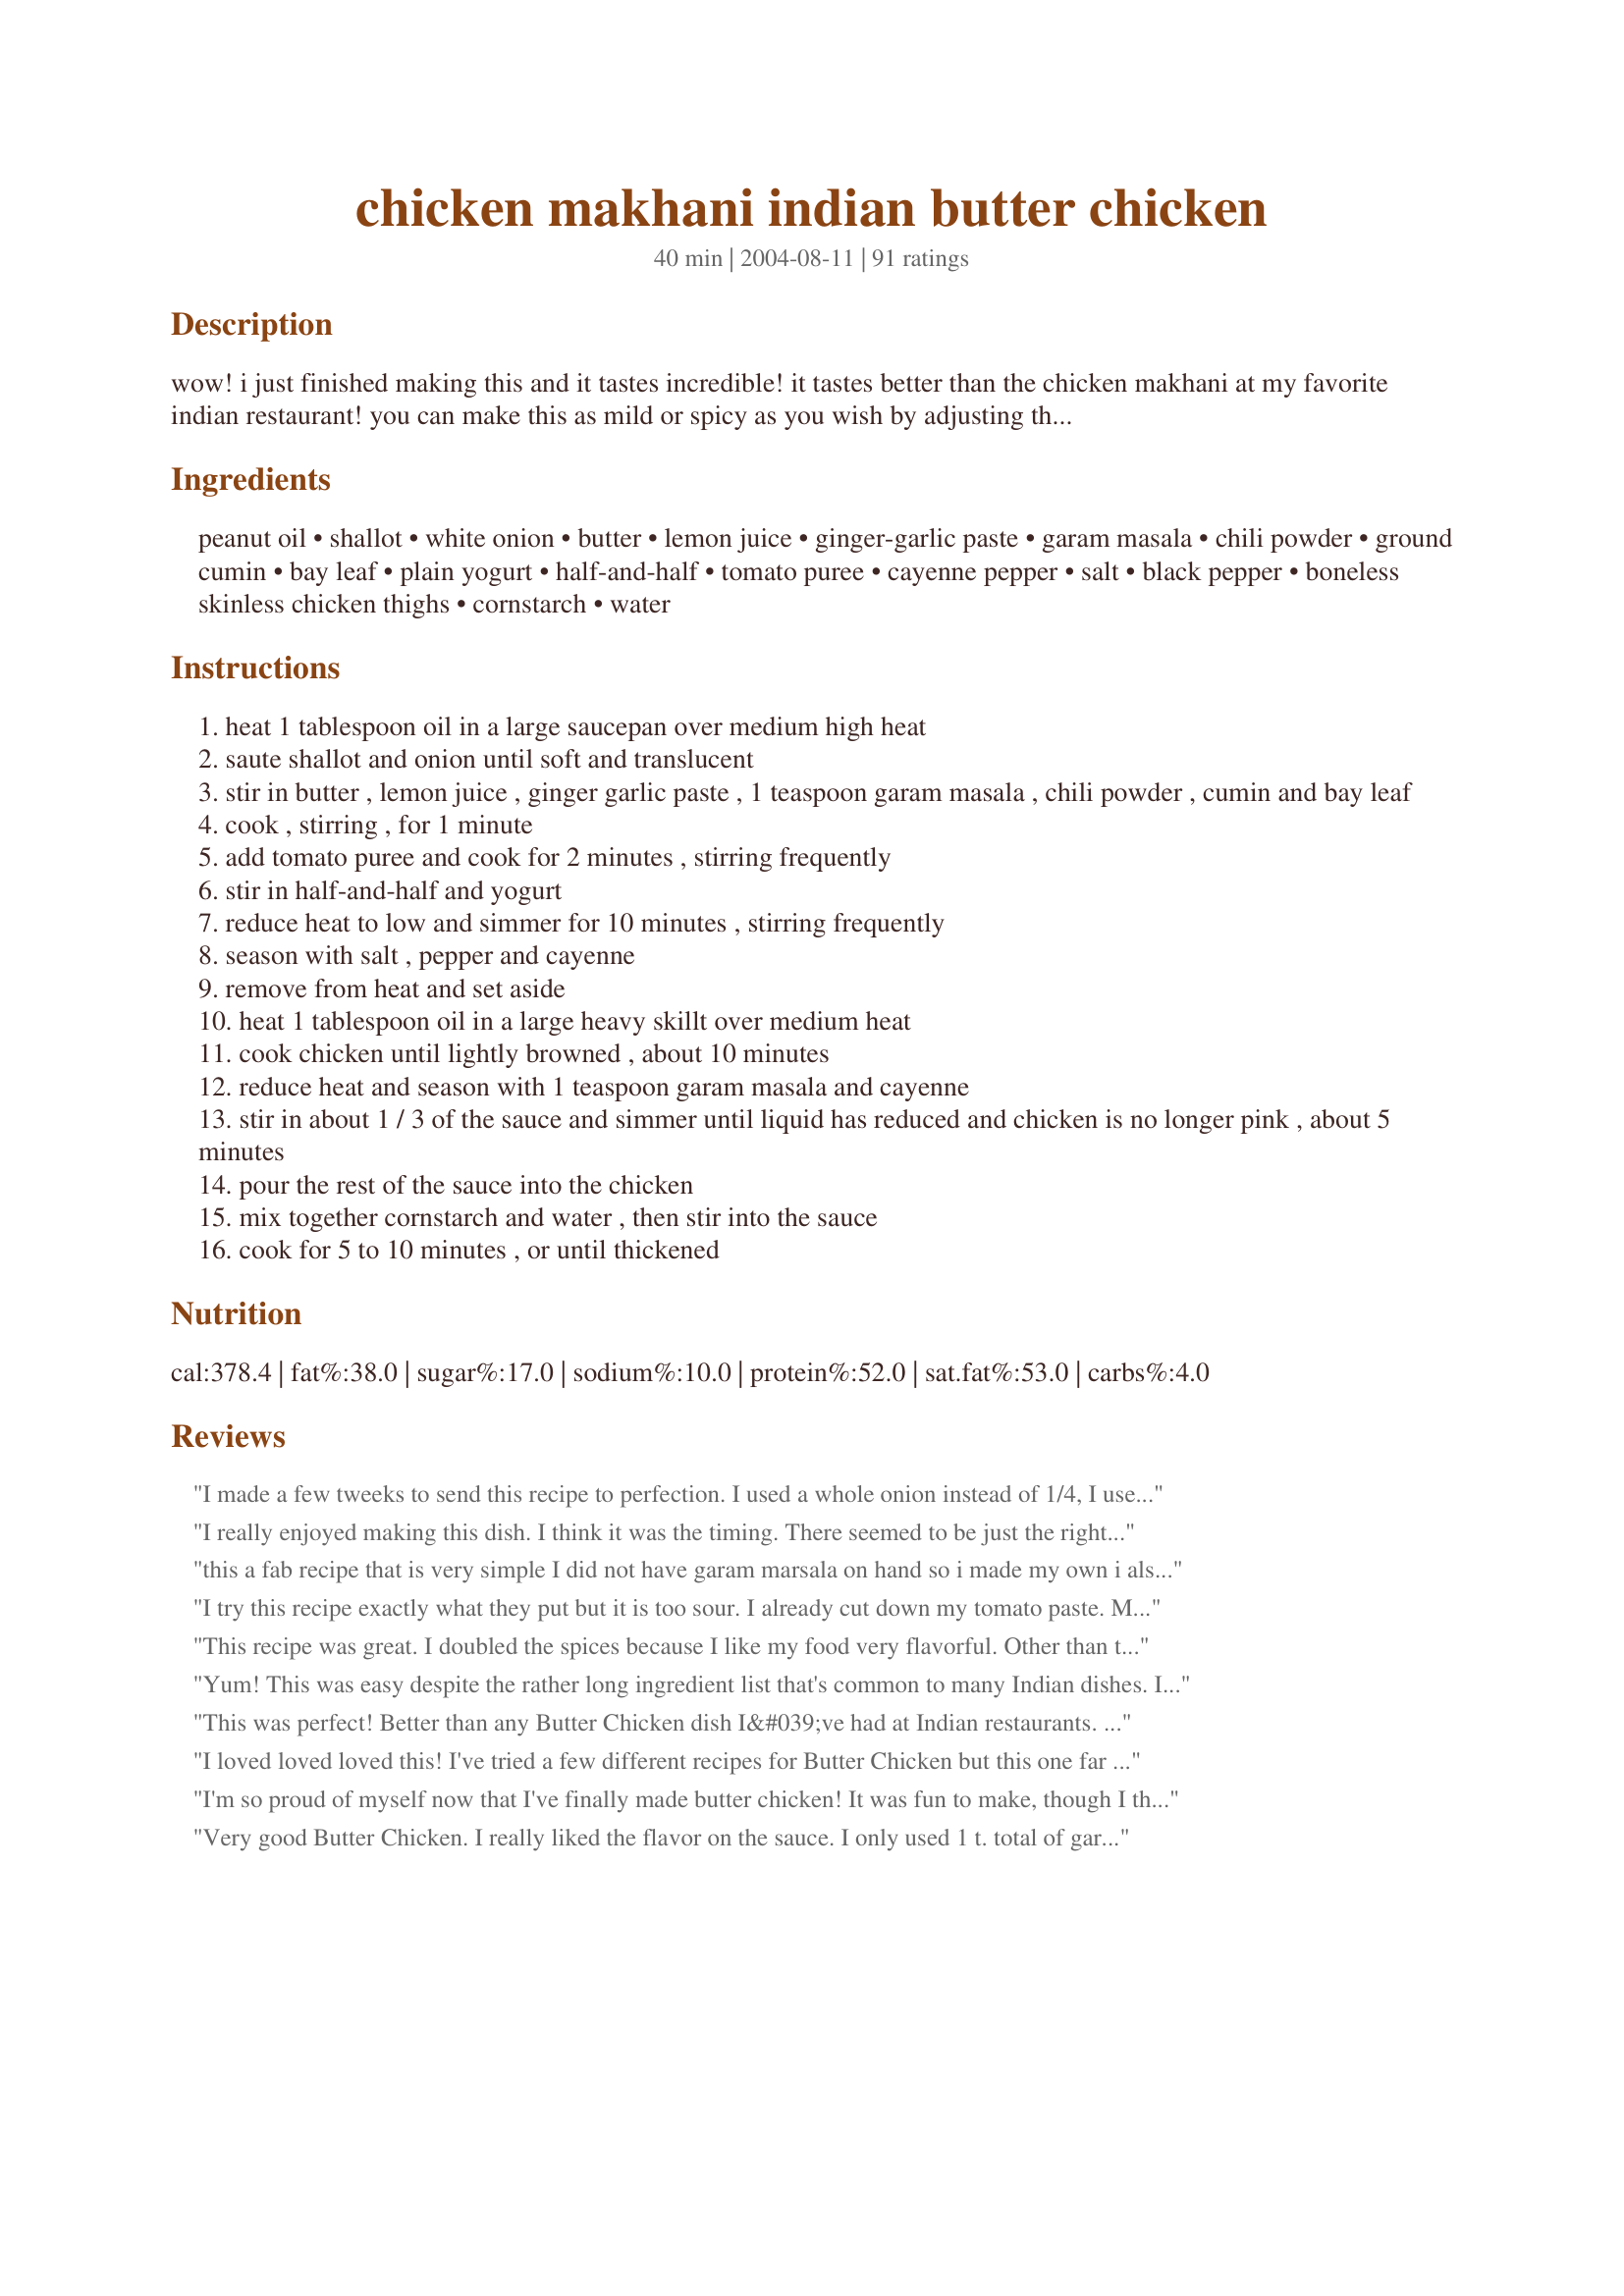
chicken makhani indian butter chicken
Preparation time: 40 minutes

wow! i just finished making this and it tastes incredible! it tastes better than the chicken makhani at my favorite indian restaurant! you can make this as mild or spicy as you wish by adjusting the cayenne. serve with basmati rice and naan bread. i got the recipe from allrecipes.com.

Ingredients:
peanut oil, shallot, white onion, butter, lemon juice, ginger-garlic paste, garam masala, chili powder, ground cumin, bay leaf, plain yogurt, half-and-half, tomato puree, cayenne pepper, salt, black pepper, boneless skinless chicken thighs, cornstarch, water

Steps:
heat 1 tablespoon oil in a large saucepan over medium high heat
saute shallot and onion until soft and translucent
stir in butter , lemon juice , ginger garlic paste , 1 teaspoon garam masala , chili powder , cumin and bay leaf
cook , stirring , for 1 minute
add tomato puree and cook for 2 minutes , stirring frequently
stir in half-and-half and yogurt
reduce heat to low and simmer for 10 minutes , stirring frequently
season with salt , pepper and cayenne
remove from heat and set aside
heat 1 tablespoon oil in a large heavy skillt over medium heat
cook chicken until lightly browned , about 10 minutes
reduce heat and season with 1 teaspoon garam masala and cayenne
stir in about 1 / 3 of the sauce and simmer until liquid has reduced and chicken is no longer pink , about 5 minutes
pour the rest of the sauce into the chicken
mix together cornstarch and water , then stir into the sauce
cook for 5 to 10 minutes , or until thickened

Reviews:
I made a few tweeks to send this recipe to perfection. I used a whole onion instead of 1/4, I used 1/2 cup of yogurt rather than the 1/4 cup, extra chilli powder and cayenne pepper to heat it up and once everything was ready in the sauce just before adding the chicken I threw it all in the blender so it had a fluid consistency and more authentic color. Just beautiful!
I really enjoyed making this dish. I think it was the timing. There seemed to be just the right amount of time to complete each step during the cooking process and I never felt overwhelmed. I could even put things away while I cooked. The taste was excellent. Thank you. I won't need to look any further for a butter chicken dish.
this a fab recipe that is very simple I did not have garam marsala on hand so i made my own i also made mine with chicken pieces and placed them after frying with a very tight lid (soup cooker) with the sauce and cooked for 20 minutes and then took the lid off and let the sauce thicken-my husband loved it a great meal
I try this recipe exactly what they put but it is too sour. I already cut down my tomato paste. My husband didn't like it. Any good recipe for Butter chicken pls!!!
This recipe was great. I doubled the spices because I like my food very flavorful. Other than that this is a perfect dish. I make a lot of Indian food so I know the differences. Also, it's very easy to make!!
Yum! This was easy despite the rather long ingredient list that's common to many Indian dishes. I prefer a slightly more buttery flavor, but would easily make this one again. My only changes were to omit the second occurence of cayenne to spare our wussy little tongues, use chicken tenders, and ghee instead of peanut oil. (Mmm! More butter!) Served with basmati rice, Recipe #84324, Recipe #47590 pita naan and dal. Thank you for posting!
This was perfect! Better than any Butter Chicken dish I&#039;ve had at Indian restaurants. I would not change a thing!
I loved loved loved this! I've tried a few different recipes for Butter Chicken but this one far exceeded the others in taste and difficulty (ie much easier). I only used half a teaspoon of cayenne pepper and it was the perfect spiciness for me (I'm a bit of a wimp with really spicy stuff!)<br/><br/>Thank for posting this!
I'm so proud of myself now that I've finally made butter chicken! It was fun to make, though I think I'll have to play with the ingredient amounts a tad because it was just missing a little something for me. Thanks!
Very good Butter Chicken. I really liked the flavor on the sauce. I only used 1 t. total of garam masala but a little more cayenne pepper. I would rather use chicken breast instead of thighs and will do that next time. Be sure to drain the oil after sauteing the chicken. Didn't need to use the cornstarch slurry. Served with puppodums as an appetizer and Naan to get all that great sauce.
I made this with tofu by cooking cubed tofu with the onions and proceeding with the recipe up until the chicken part. It tasted completely different from what I expected, but was very, very good! I think it'd actually be great on pasta and veggies.
I enjoyed this very much (made exactly to recipe for my first try), but family not so enthusiastic. Not sure I would go through the trouble of making it again just to please myself--but I might! Prep time was longer than indicated, with a good bit of chopping.
I have to admit I am not a fan of this chicken recipe - perhaps we just don't mix well. I've made it twice now, and both times it came out very acidic and excessively spicy, despite only using a few quick shakes of the peppers.

There are many good reviews for this recipe though, so I will admit that perhaps, it could be me.
Very good and very easy butter chicken. I made it as posted and I think it has a touch too much lemon juice. I tasted it before serving and added a tablespoon of brown sugar but it didn't really help. There is a "lemony" taste still. Having said that, though, the family loved it. So maybe it's just me! Thanks for posting. I'll make it again.
Made this dish last night for dinner and it was amazing! We love Indian food from our favorite restaurant, and we thought this was even better! Seemed like a lot of work when I was reading the recipe but, once I got going with it, it wasn't bad at all and I feel confident I could make this again with no problem. Definitely adding this to the repertoire! Thanks for sharing!
This recipe is fantastic! I do agree that it needs tweaking! I increased the amount of garam masala and omitted the cornstarch. I have also found that a couple of teaspoons of sugar give it the same sweetness that you find in the restaurant butter chicken! Not to mention the longer the finished product sits the better it is!
Excellent! I served this with condiments, which is our favorite way to eat Indian. We had chopped banana, apple, peanuts, chutney, and raisins. We serve it on rice and throw on our condiments for a wonderful taste sensation. This recipe is full of flavor and very fresh tasting. We drank a Cote de Rhone. Thank you for a keeper!
I was craving some Indian food and this seemed fast & easy enough. Turned out fantastic! Left out onions/shallots because I did not have any, used 4 tbs. butter, cut a lemon in half, squeezed the juice into sauce then cooked the lemon along w/ the sauce, used two tsp. of garam masala & cumin. Did not have tomato puree, subbed 2 tbs. tomato paste with 1 cup water. This is a great recipe to play around w/ and make it more spicy/buttery according to your tastes. Thanks for a great recipe!
The family loved it. Like other reviewers I went very light on the cayenne pepper. I also couldn't find ginger-garlic paste, instead I used 1/2 tbsp ginger paste and 1/2 tbsp garlic paste. It tasted great!
Absolutely delicious! I don't know how anyone could give it less than 5 stars! Thank You!
Great dish! It was absolutely delicious!
This recipe is awesome!! Just made it last evening for a dinner date and it turned out absolutely perfect especially the spiciness. I paired it with Yellow Tail Cabernet Savignon and complemented it after with Gulab Jamun for dessert.
I did make a few minor modifications to the recipe such as - I left out the shallots, used chopped garlic/ginger, left out the corn starch (already thick), used fat-free half-n-half (Land-O-Lakes) and lastly used chicken breast tenderloins. Thanks!! :)
excellent recipe with just a few modifications...as good as the restaurants! 
i added crushed almonds, cinnamon sticks, and cardamon pods...and doubled the spices for extra taste! thanks for the recipe!
This is the second time I've made this dish. I had 5 lbs of thighs so I quadrupled the recipe, which made a lot of sauce - a good thing since it's so delicious and everyone loves to pour it on the rice. Didn't need to thicken the sauce - so left out the cornstarch. Served this with Aloo Gobi Mattar (Recipe #187408), daal and basmati rice. Thanks Grace Lynn for the recipe.
This is really yummy! We loved this. Need not go to a restaurant to eat this.
not going to rate this with stars since i think it turned out retched due to something being very wrong with my spices. is garam masala supposed to smell, taste and look like cinnamon? i think the store must have mis-labeled it. warning:cinnamon plus savory is a BAD flavor combo. i doused this in curry powder and cumin to try to cover it. this also did not need any thickening, it was almost too thick before i read the part about reducing and adding cornstarch so i didn't do that. unless i can get proper spices i'm not making this again.
Loved this recipe ,restaurant quality, I will definately make this again. served with basmati rice, mint and cucumber raita and spicy green beans.
This was my very first " Indian Dish"! It was wonderful!!! Even my three children loved it! They are already asking when we can have it again. This was even tastier the second day. Thanks for sharing.
I have been looking all over for a chicken Makhani recipe to make at home. I am so glad I found it. I 4x's the recipe and it came out fantastic. I am going to make this for my dinner parties from now on. I am also going to add paneer to the sauce and make paneer makhani.Very very easy to make also. Thanks so much.
This stuff is awesome!! It is as good as anything I have had at my favorite Indian Restaurant!!! Thanks for the recipe.
Absolutely delicious, this is the recipe I chose as my first venture in to the world of cooking Indian Cuisine!

My girlfriend and I loved it and thought it tasted much better that in the local indian restaurant.

The only quibble I had with it was that it was a little too hot for my personal taste so next time I will be adding just a pinch of cayenne and chilli powder!

Also, I added double cream instead of half and half and it tasted great!
I am re-reviewing this as I have learned some things that are worth sharing: 1) it is okay to substitute another oil for the peanut. I don't think you'll notice a big difference and it may save you some cash. Also, I turned this into a one-skillet dish and it is a little faster to cook and less mess. I added all the oil (I used shortening) at the beginning and then added the chicken after the shallot/onion mixture was translucent. I added extra garam masala and cayenne to make up for the missed chicken browning step. This yielded the same delicious dish that the two skillet method did. Also, I simmered the final product on medium low for an extra 10 or 15 minutes and it thickened up nicely and did not need cornstarch. Also, I added a half cup or so of chopped cilantro. Thanks - my husband and I LOVE this wonderful dish. Served with basmati and flat bread.
Great turnout (after about the 3rd or 4th try). For some reason, it never quite turned out right until the 4th try. I tweaked things a little. I increased the sauce by 50% because I love sauce. I also used subbed out a few things. Diced tomates for the puree, vanilla yogurt for plain (that's what I always keep on hand. Strange but it worked well; seemed to temper the tartness of the lemon), evaporated milk for the half and half, chicken breast for the thighs. When I reduced the sauce, it curdled significantly. I ran a hand blender through the sauce, which in addition to breaking up the tomatoes, also reconstituted the sauce to a creamy, velvety smooth texture.
I don't get how this recipe has such good reviews. This was not good at all. The yogurt curdled immediately and ruined the whole dish. The taste otherwise was nothing to write home about. Total aggravation and wasted food.
Tasty! Made mostly as directed.. I had some fresh yellow crook neck squash from the garden so I added a little of it to the chicken! Yum! I didn't have ginger garlic paste so I took 1/2 tbsp fresh grated ginger and 1/2 tbsp fresh minced garlic and threw those in. Pleasantly spicy and smelled amazing! Thank you :-) Oh.. I almost forgot LOL I served it over steamed Basmati rice.
My husband and I loved this dish!! We love Indian food, but all of our Indian cookbooks are so hard to follow and require too many ingredients! This was so simple. We ended up using 1 1/4 cup heavy whipping cream instead of the yogurt and half and half. Thanks so much for this recipe!
Great recipe! I substituted sour cream for yogurt and made my own garlic-ginger paste out of ground ginger, fresh garlic, and olive oil. And made a curry rice as a side dish. The sauce was creamy and the spice combination was perfect. Thanks!
Delicious and spicy!
Very good recipe. Tastes like it is from and Indian restaurant. Pairs great with rice and naan.
Superb taste.
Quick & easy to prepare.
Readily available ingredients.
I tripled this recipe to serve on Superbowl Sunday. Wow this was so simple I will definately make this again.
this was really very nice, the only thing I didn't have was the garam masala, so I had to make my own :D also, it wasn't spicy enough to my taste, ( I love extra spicy foods) so I had to add extra chilli, otherwise this dish was really really delicious!! I made it for lunch and me and my family had it with roti's , thanks Grace!!
Absolutely one of the best recipes I have tried. Taste just like the local Indian Restaurant we have in our area. It was quick and easy I didn't have ginger paste; however, I did use about a tablespoon of powdered ginger.
I made this and added a little bit of cinnamon and some sugar to offset the lemoniness.
We loved it and were sniffing around for more! Thanks for the great recipe, we'll make it again, but double it next time!
This was a huge hit in our house. Almost as good as our favorite Indian buffet's. DH was the chef this evening, and he said this was very easy to prepare. We used all onion instead of shallot and onion, and boneless skinless chicken breasts instead of thighs. Served with basmati rice and naan. The seven year old DS even cleaned his plate, which is a high honor. Thanks for sharing!
thank you
This recipe was okay, but nowhere near our local Indian restaurant. This was little too tomato-ey tasting for me; I probably would add some peas or potatoes next time. I'm still searching for that perfect recipe! We liked it, especially with some homemade naan, but probably won't make again. The subs I made: sour cream for yogurt (didn't have), chicken breasts (that's all we use) and 1 clove garlic with some grated fresh ginger (couldn't find the paste). I also upped the cayenne quite a bit. Thanks for posting.
yum! Easy and delicious!!
You certainly have a winner here. Delicious! I did cut back on the cayenne, as i don&#039;t handle heat very well. :)
I too had used only one skillet. Really no need for two. I have made other butter chickens and this is how I usually do it. I had added in the chicken after putting in the yogurt and half and half, then just simmered on low till chicken was cooked. I also had added in a lot more amount of the spices and definitely more cayenne. Also I didn't find the need for the cornstarch. Prep time is definitely more than just the 10 minutes. I had got everything measured and put into tiny condiment dishes so all I had to do was add each one, just makes things go a lot faster when making, especially when there is so many spices. For me this recipe was okay for me, but it wasn't creamy or buttery enough of a flavor compared to others I have tried. As well I just found it missing something that I couldn't quite put my finger on... It is a good recipe though and I had served it with some Naan and Potato Curry Recipe #128410 Thanks for sharing your recipe Grace
this took SOME time to make (but then i'm a rookie).. i personally loved it but for the ones who are not used to the cuisine, it might be a bit too spicy.
We really enjoyed this, and it hit the spot tonight, when we wanted lots of flavor, not too much fuss. I used veg oil rather than peanut, and ff 1/2 and 1/2 and low fat yogurt. This was really close to tasting completely authentic, but, I did add at least double the amount of cumin and garam masala. I think with fresh tomato puree rather than canned, the recipe might be less tangy. Overall, very good, and we will keep for much flavor on a weeknite. Thanks!
My boyfriend and I made this tonight for the second time, and it turned out great. I made a few deviations from the exact recipe because I didn&#039;t have things like peanut oil or ginger-garlic paste but I, like other reviewers, also made it into a one dish recipe by browning the chicken with the onions. I didn&#039;t have cayenne pepper but I used smoked paprika instead and I think it gave the dish a great flavor.&lt;br/&gt;We served it over basmati rice and both of us finished this, even though it was supposed to be 4 servings.
Delicious! but too much cumin! cut the cumin in half and you're good to go.
REALLY good! My husband said this was better than what he's had at the Indian restaurants. I haven't had this at restaurants before, but I can say this was delicious. I followed the recipe exactly , only using a pinch of cayenne pepper each time since I don't do well with really spicy foods, but it still had plenty of spice and heat. Loved it! I will make this again for sure. Thanks so much!
I love Indian Food, and eat it at least once a week. This was a Great dish. The only suggestion
I have is to add more cayenne. I love spice, and this just was not spicy enough for me. I ate it over basmati rice, and dipped my naan bread and spinach pakora in the sauce.
Awesome! We usually don't have much luck making Indian dishes here at home, but this one is restaurant quality. Following the old adage "you can always add more but can't take away" we started with half of the amount of garam masala and worked our way up to about 3/4 tsp.
This is very good. Next time I think I'll use chicken breast pieces.
I cannot believe it that i havent reviewed this recipe.**embarrassed** even though i have photographed it!!....All i can say is ive made it on every possible occasion and it turns excellent and delicious!!!
I did omit step 15 and 16 as i thought the gravy was quite thick by itself...
I am shocked at all of the positive reviews! Not only was this recipe bland, it tastes nothing like the makhani I have enjoyed at multiple Indian restaurants around the world. I purchased all of the ingredients from my local indian food store, showed the owner the recipe, and right away she was skeptical. Don&#039;t waste your time. Search for other recipes.
I absolutely loved this! I adjusted the spices to my liking (extra spicy), but otherwise followed the recipe. Thank you!
I tasted good. It needed more spice for me however.
 It was thick enough without the cornstarch so I omitted that.
This recipe is fantastic and almost as good as my grandmothers! Some changes I make - I use a whole onion and shallot and puree them into an onion paste; I add ground coriander powder to the spices; I use chicken breasts instead of dark meat; I add ground toasted almonds when I had the yogurt and half and half as a thickener and it gives it a great authentic flavor. Additionally, I add cumin powder as well when I sautee the chicken. The dish is quite flavorful with the extras but authentic and delicious!
Great recipe. I followed the directions and it turned out so well my husband asked me - the novice cook - if I bought the dinner!Thanks for that :-) Next time I will make double the sauce though. Mighty tasty...
As of my first time making this, I will give it 3 stars, because I think it needs a bit of tweaking for our tastes. I was excited to find this recipe as we recently tried this in an Indian Restaurant and fell in love with it. This was a good match to what we had, however, I will cut back on the cayenne and chili powder as it was too much heat for us. Also I would like to grill or blacken the chicken to give it a more authentic flavor and I will try using fresh tomato puree hoping to get a brighter red sauce. I used canned and the color of my sauce was not as pretty as in the restaurant.
Five stars all the way! DH and I both thought this was one of the best curries we've ever had. I changed only a couple of minor things - I didn't have ginger garlic paste, so I added a chopped clove of garlic and about a TBSP of chopped fresh ginger. I added 2 TBSP of splenda to the sauce. I also doubled all the spices, at the other reviewers suggestion. I never needed to thicken the sauce, as it was lovely and thick, so I ommited the cornstarch and water part. Anyway, it was lovely - served it over spinach. Another bonus was that this takes very little effort!
While I thought this was quite good, it was not as tasty as the butter chicken I have enjoyed at Indian restaurants.

I made slight modifications to the recipe in order to sharpen the flavor of the sauce. I added more spices including far more turmeric than the recipe called for and added sugar to sweeten the sauce. I also put the raw chicken in the sauce and allowed it to simmer for a few hours on the stove top, instead of following the original instructions. I did not add cornstarch or water and used ghee instead of peanut oil.
This dish is fabulous. I scaled back on the oil, using only 2 tsp, also after step 14, I just let the mixture simmer and the sauce thickened beautifully to where I did not need the cornstarch slurry. This one is a keeper. Thank you Grace Lynn for the wonderful recipe.
My husband and I enjoyed this. Doubled the spices as others suggested, & improvised using minced dried garlic and ginger powder for the ginger garlic paste. Still, the result was quite delightful. Next time I will be sure to use real ginger & garlic paste. Thank you, Grace Lynn.
GREAT! I substituted a heaping tablespoon of garlic-chili paste & approximately a 3/4 teaspoon of ginger powder in place of the ginger-garlic paste & chili powder. I served it with saffron rice, it was a great meal. I will certainly make this again & again, I may try it with lamb. Thanks for posting the recipe!
This is a fantastic Butter Chicken. As others did, I added shallot and ground corriander. I cooked the chicken ahead of time becuase I was making this for a dinner party and simply wanted to speed up the time standing over the stove. I did not need the cornstarch and water at the end. The taste was as good as I could get at my favorite Indian restaurant.
Very very awesome!!!
This is great! I forgot to season the chicken but it still turned out very good. My guest really loved it and made me give her the recipe before she left :) Thanks for posting!
Wow, can I give this one 10 stars cause it deserves it!!!! So yummy, I can't believe it, thank you so much for a keeper recipe very very delicious. We did however double the sauce and thank goodness we did it's great over jasmine rice.
Loved it I have made it twice now!
This recipe is delicious! My family loved it!
This was delicious. Next time we might try paneer instead of chicken for a vegetarian option. Also, we added peas...just because we love them! This is definitely a keeper.
First attempt tonight, went pretty well, I think. Family eat it all but yet the wife and I were trying to figure out just what is different from this and the local restaurant. First off, it was spicier (hot) and I am not sure if that comes from my â€œOh that is a pinch, plus someâ€� of the Cayenne pepper and oh that looks good or was it the spicy version of ginger/garlic paste I used. None the less, the heat was not an issue and was enjoyed. But the sauce was not as creamy or butter tasting as the restaurant, there was a hint of butter, just not what we were hoping to experience. Overall, this was good and I need to see how I can adjust to really make it 6 stars for the family. Many thanks!
Really good recipe! Easy, very tasty and easy to modify. Thank you!
This turned out very well! And it was very easy to make! The only thing I'd probably add to what has already been said is that next time I will only use a PINCH of chili powder and a PINCH of cayenne. I only used about half of the amounts of these hot spices and the dish was STILL a little too hot for my husband and me. But the flavors were very good and I think the dish tasted even better the second day after they really settled in.
Yummy! This was a great main course for tonight's Indian feast. I'd personally up the cayenne, but I have a whole family to contend with. Thanks for sharing!
This is absolutely wonderful, a true keeper in my home!
Tasted bland.. didn't come out well for us
Add me to the fans. I had to substitute half the ingredients and it still came out amazing. I used more yogurt than milk, ginger and garlic powders instead of pastes, curry leaves instead of bay leaf, ghee instead of butter. I thought it was a little too sweet for my taste so I added lemon powder and more salt. I also went heavy on the spices and flavorings b/c I like food that goes KaPow! Garnish with cilantro and sliced lemon, serve with okra. Heaven!
Loved this! Wasn't quite sweet enough, so added some grated jaggery (sugar from palm sap) and adjusted it. Maybe because I used grape tomatoes that changed the recipe. Also, made my own "ginger garlic paste" and rendered the fat I cut off the thighs and cooked the chicken in that instead of peanut oil. Cooked the veggies in ghee. Mmmmm, this sauce is excellent on basmati rice.
WOW WOW WOW. Friggin amazing! I realized at the last minute that I didn't have tomato puree, so I used a half a small can of tomato paste and a cup of water. I also didn't have the yogurt. <br/> Made with homeade naan....this was SO GOOD!
I made a few changes, but I thought it came out great, although didn't taste like the butter chicken I had a restaurant before (but most likely due to my changes). I didn't have yogurt or half and half, so I used sour cream and milk instead. I also used very little oil, and instead of 2tbsp butter I used 1tbsp ghee. I doubled the meat, and didn't need to add cornstarch since most of the sauce stuck to the meat instead. It was great, thanks a lot!
Tasted very authentic. My MIL lived in India for a few years and brought us back packets of butter chicken mix and this recipe tates just like that. She also brought me garam masala, and chili powder from India so using those spices I know made it taste authentic. It was a tad on the spicy side for me (I'm a gal who eats the "medium" store bought salsa with no problem) so I will probably tone it down next time.
This dish is an awesome treat! I used 1 lb of chicken breasts and doubled the sauce.

You do have to watch how much cayenne and chili powder you add because the dish gets spicier as it cooks. I used a dash here and there of those two previously mentioned spices.

I did use extra garam masala because I love the flavor. And I added a tad bit more tomato puree.

I also added 2 T of sugar to take the tang out of the yogurt. 

I browned the chicken in olive oil in two batches, then sprinkled on more garam masala and added 1/3 C of the sauce.

I omitted the cornstarch and water at the end. Sauce was thick enough for husband and I. Served it over basmati rice with roasted asaparagus on the side.

Thank you Grace!
Yummy foodee! It didn't taste like butter though. It had plenty of heat though, which may have been due to the fact that we substituted cayenne pepper for chili powder. Great recipe!
It is an awesome recipe. It came out pretty tasteful even though I was missing some ingredients. I used sour cream instead of yogurt and used heavy whipping cream in the end, and garnished with cilantro.
